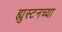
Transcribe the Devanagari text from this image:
ह्युस्टनच्या